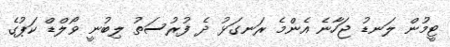
ޓީމުން ލަނޑު ޖަހާނެ އެންމެ ރަނގަޅު ދެ ފުރުސަތު ލިބުނީ ވޯލްޑް ކަޕުގެ